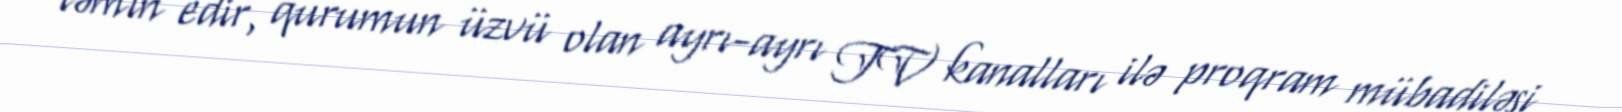
təmin edir, qurumun üzvü olan ayrı-ayrı TV kanalları ilə proqram mübadiləsi